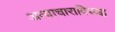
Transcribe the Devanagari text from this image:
अत्याचाराविरूद्ध